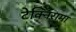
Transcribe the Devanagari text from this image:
टेक्निरामा